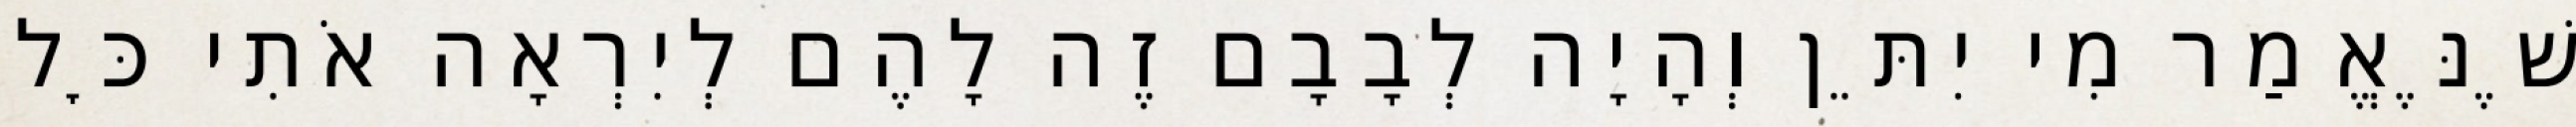
שֶׁנֶּאֱמַר מִי יִתֵּן וְהָיָה לְבָבָם זֶה לָהֶם לְיִרְאָה אֹתִי כׇּל